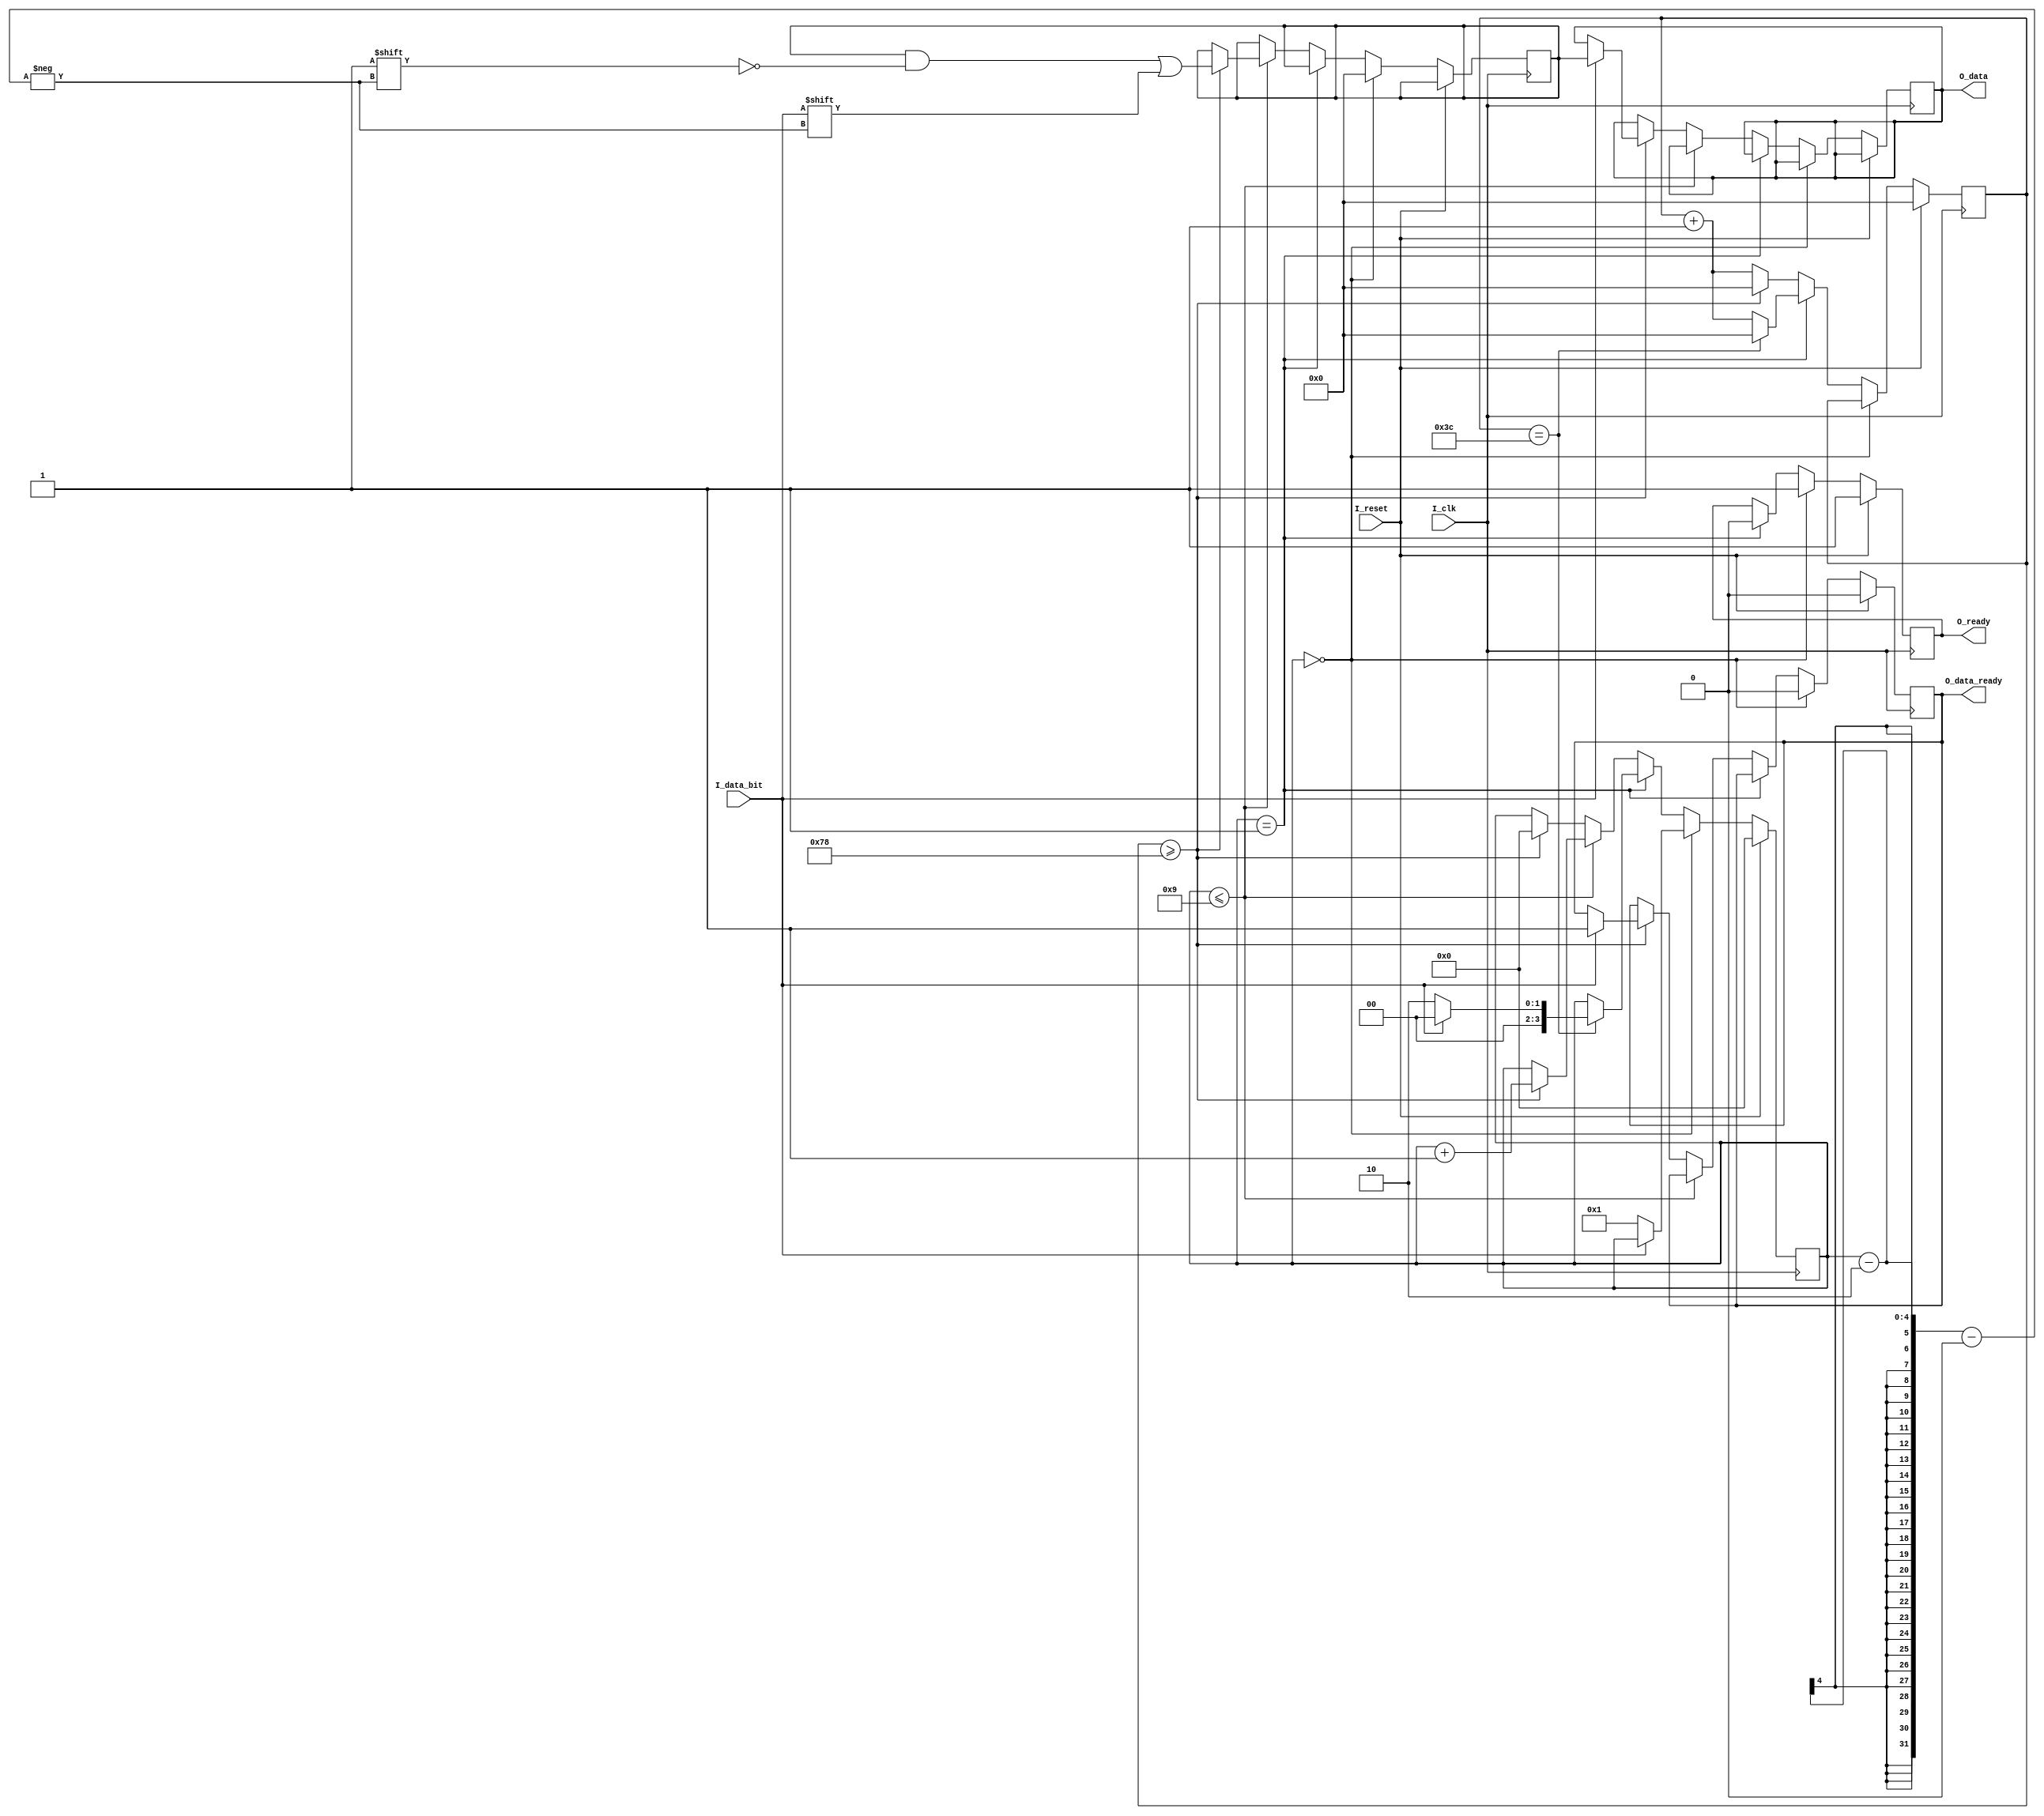
module uart_rx
#(parameter CLKS_PER_BIT = 120)
(input wire I_clk, 
    input wire I_reset,
    input wire I_data_bit,
    output reg O_ready,
    output reg O_data_ready,
    output reg[7:0] O_data);

reg[7:0] buffer, clk_count;
reg[3:0] state;

always @(posedge I_clk)
begin: uart_rx
    if (I_reset == 1) begin
        clk_count <= 0;
        state <= 0;
        O_data_ready <= 0;
        O_ready <= 1;
    end
    else begin
        //Idle
        if (state == 0) begin
            if (I_data_bit == 0) begin
                state <= 1;
            end
            O_data_ready <= 0;
            O_ready <= 1;
            buffer <= 0;
        end
        // Start-Bit
        else if (state == 1) begin
            O_ready <= 0;
            // check that we are still low. Also shifts
            // the whole receiver by half phase
            if (clk_count == (CLKS_PER_BIT/2)) begin
                clk_count <= 0;
                if (I_data_bit == 0) begin
                    state <= 2;
                end
                else begin
                    state <= 0;
                end
            end
            else begin
                clk_count <= clk_count + 1;
            end
        end
        // Transfer
        else if(state <= 9) begin
            if (clk_count >= CLKS_PER_BIT) begin
                buffer[state-2] <= I_data_bit;
                state <= state + 1;
                clk_count <= 0;
            end
            else begin
                clk_count <= clk_count + 1;
            end
        end
        // Stop-Bit
        else begin
            if (clk_count >= CLKS_PER_BIT) begin
                if (I_data_bit == 1) begin
                    O_data <= buffer;
                    O_data_ready <= 1;
                end
                clk_count <= 0;
                state <= 0;
            end
            else begin
                clk_count <= clk_count + 1;
            end
        end
    end
end

endmodule